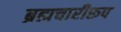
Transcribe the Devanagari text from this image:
ब्रह्मचारीरूप